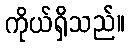
ကိုယ်ရှိသည်။